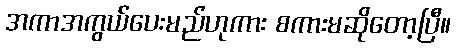
အကာအကွယ်ပေးမည်ဟုကား စကားမဆိုတော့ပြီ။